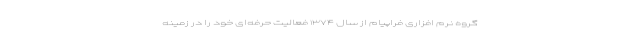
گروه نرم ‌افزاری فراپیام از سال ۱۳۷۴ فعالیت حرفه‌ای خود را در زمینه